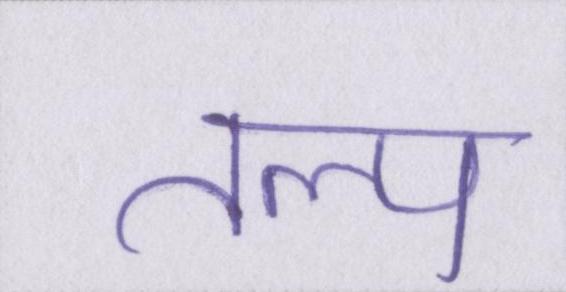
तल्प